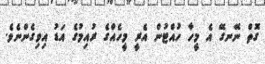
ގޮތް ނޭނގޭ އެ މީހާ ހުއްޓުން އެރީ މީހެއްގެ ރުއިމުގެ އަޑު އިވިގެންނެވެ.